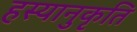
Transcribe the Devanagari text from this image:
हस्यानुकृति